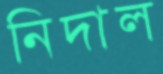
নিদাল